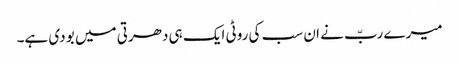
میرے ربّ نے ان سب کی روٹی ایک ہی دھرتی میں بو دی ہے۔